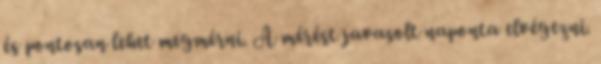
és pontosan lehet megmérni. A mérést javasolt naponta elvégezni.